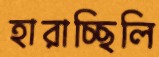
হারাচ্ছিলি